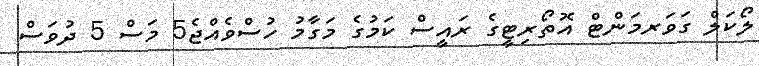
ލޯކަލް ގަވަރމަންޓް އޮތޯރިޓީގެ ރައީސް ކަމުގެ މަގާމު ހުސްވެއްޖެ5 މަސް 5 ދުވަސް